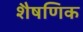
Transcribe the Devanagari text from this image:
शैषणिक